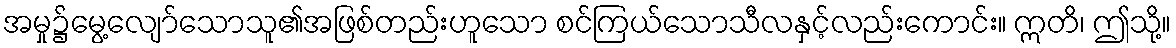
အမှု၌မွေ့လျော်သောသူ၏အဖြစ်တည်းဟူသော စင်ကြယ်သောသီလနှင့်လည်းကောင်း။ ဣတိ၊ ဤသို့။